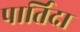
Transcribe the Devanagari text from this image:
पार्तिदा